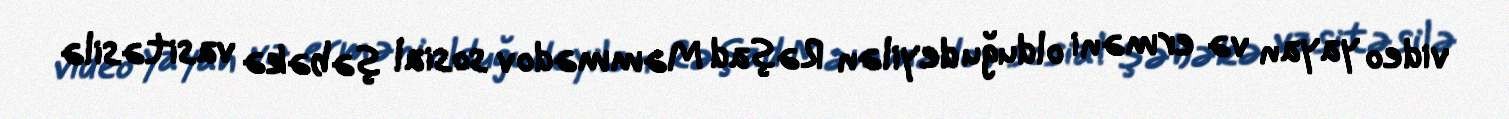
video yayan və erməni olduğu deyilən Rəşad Məmmədov sosial şəbəkə vasitəsilə